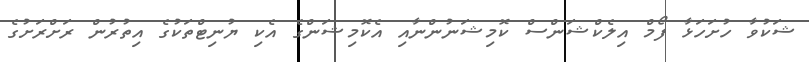
ޝަކުވާ ހުށަހަޅާ ފޯމް އިލެކްޝަންސް ކޮމިޝަނުންނާއި އެކޮމިޝަންގެ އެކި ޔުނިޓްތަކުގެ އިތުރުން ރަށްރަށުގެ